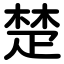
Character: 楚